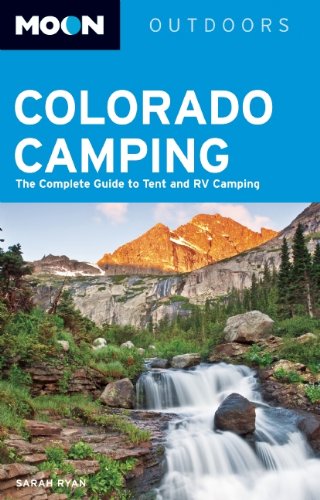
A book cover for Moon Colorado Camping: The Complete Guide to Tent and RV Camping (Moon Outdoors); Sarah Ryan; Sports & Outdoors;